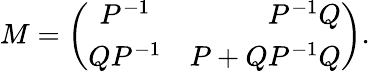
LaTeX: M=\left(\begin{array}{crc}{{P^{-1}}}&{{P^{-1}Q}}\\ {{QP^{-1}}}&{{P+QP^{-1}Q}}\end{array}\right).